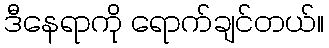
ဒီနေရာကို ရောက်ချင်တယ်။